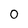
Character: O